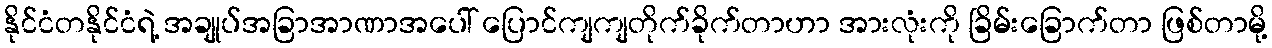
နိုင်ငံတနိုင်ငံရဲ့ အချုပ်အခြာအာဏာအပေါ် ပြောင်ကျကျတိုက်ခိုက်တာဟာ အားလုံးကို ခြိမ်းခြောက်တာ ဖြစ်တာမို့